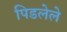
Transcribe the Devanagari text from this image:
पिडलेले